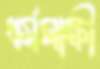
ধর্মসাক্ষী